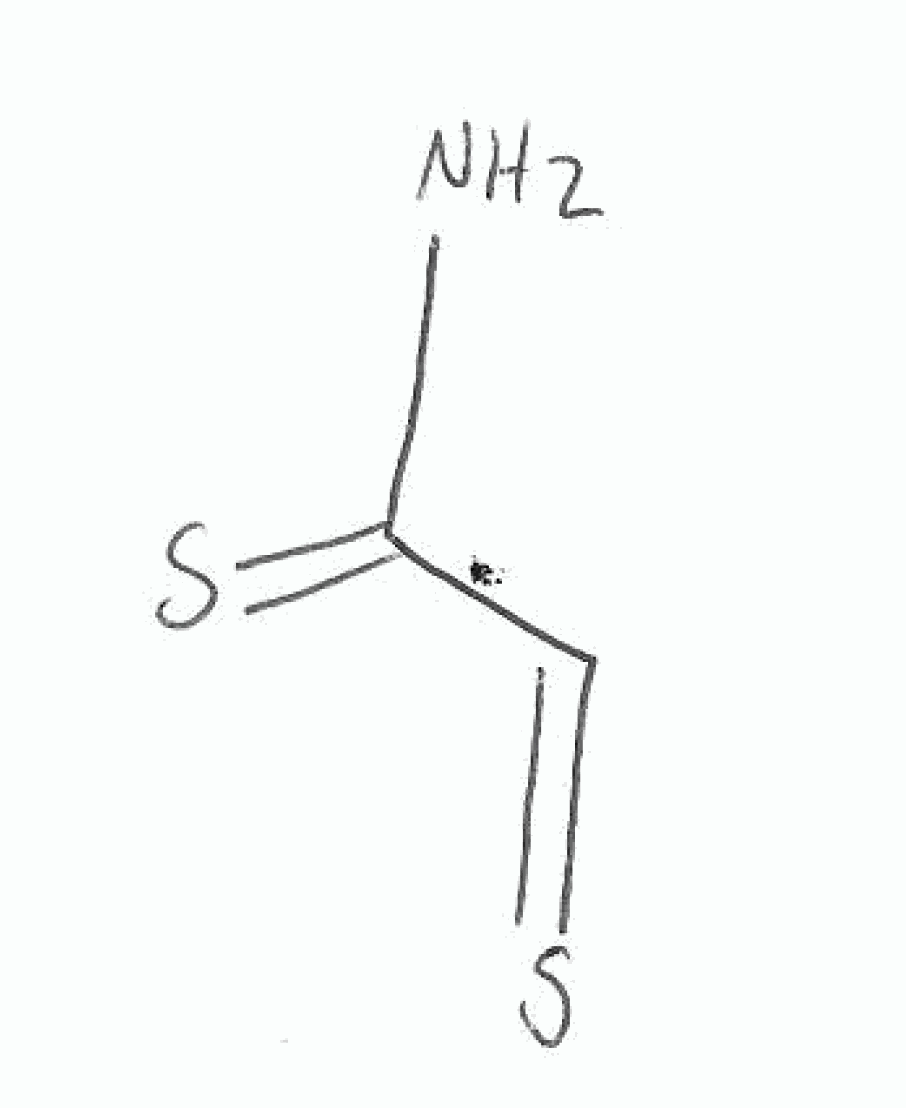
Simplified molecular-input line-entry system (SMILES) notation of the given molecule:
C(=S)C(=S)N